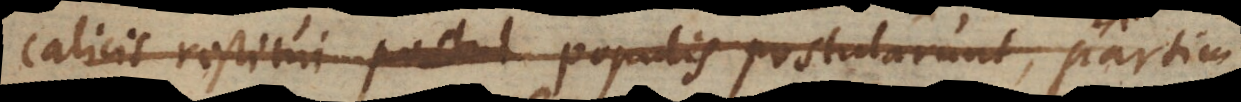
calicis restitui populis postularunt, partim